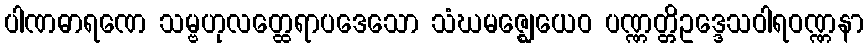
ပါဏဓာရဏေ သမ္ဗဟုလတ္ထေရာပဒေသော သံဃမဇ္ဈေယေဝ ပဏ္ဏတ္တိဥဒ္ဒေသဝါရဝဏ္ဏနာ